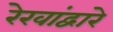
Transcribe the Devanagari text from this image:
रेखांद्वारे